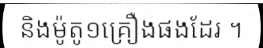
និងម៉ូតូ១គ្រឿងផងដែរ ។